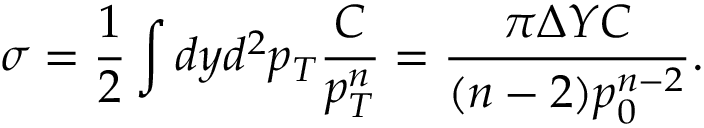
\sigma = \frac { 1 } { 2 } \int d y d ^ { 2 } p _ { T } \frac { C } { p _ { T } ^ { n } } = \frac { \pi \Delta Y C } { ( n - 2 ) p _ { 0 } ^ { n - 2 } } .